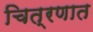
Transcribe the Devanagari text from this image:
चित्रणात